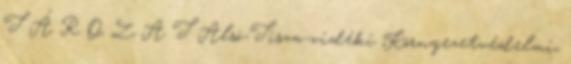
T Á R O Z A T Alsó-Tisza-vidéki Környezetvédelmi,